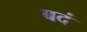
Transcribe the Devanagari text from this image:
बदं